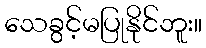
သေခွင့်မပြုနိုင်ဘူး။